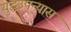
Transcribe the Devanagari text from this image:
युद्धउपन्यास